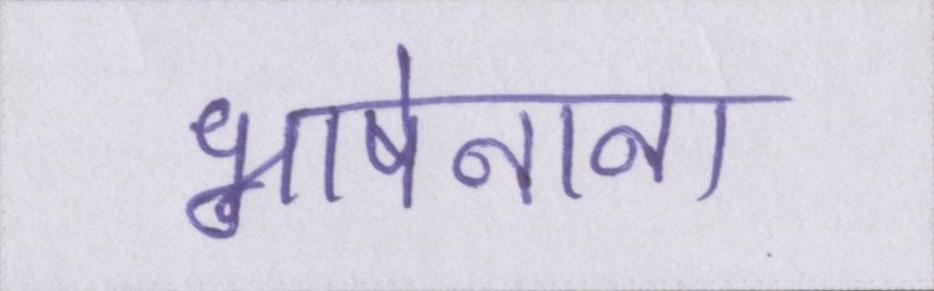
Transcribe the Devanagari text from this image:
भाषेनाना